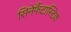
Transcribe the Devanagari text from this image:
सिनेफैंटास्टिक